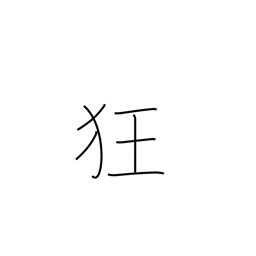
Meaning: crazy